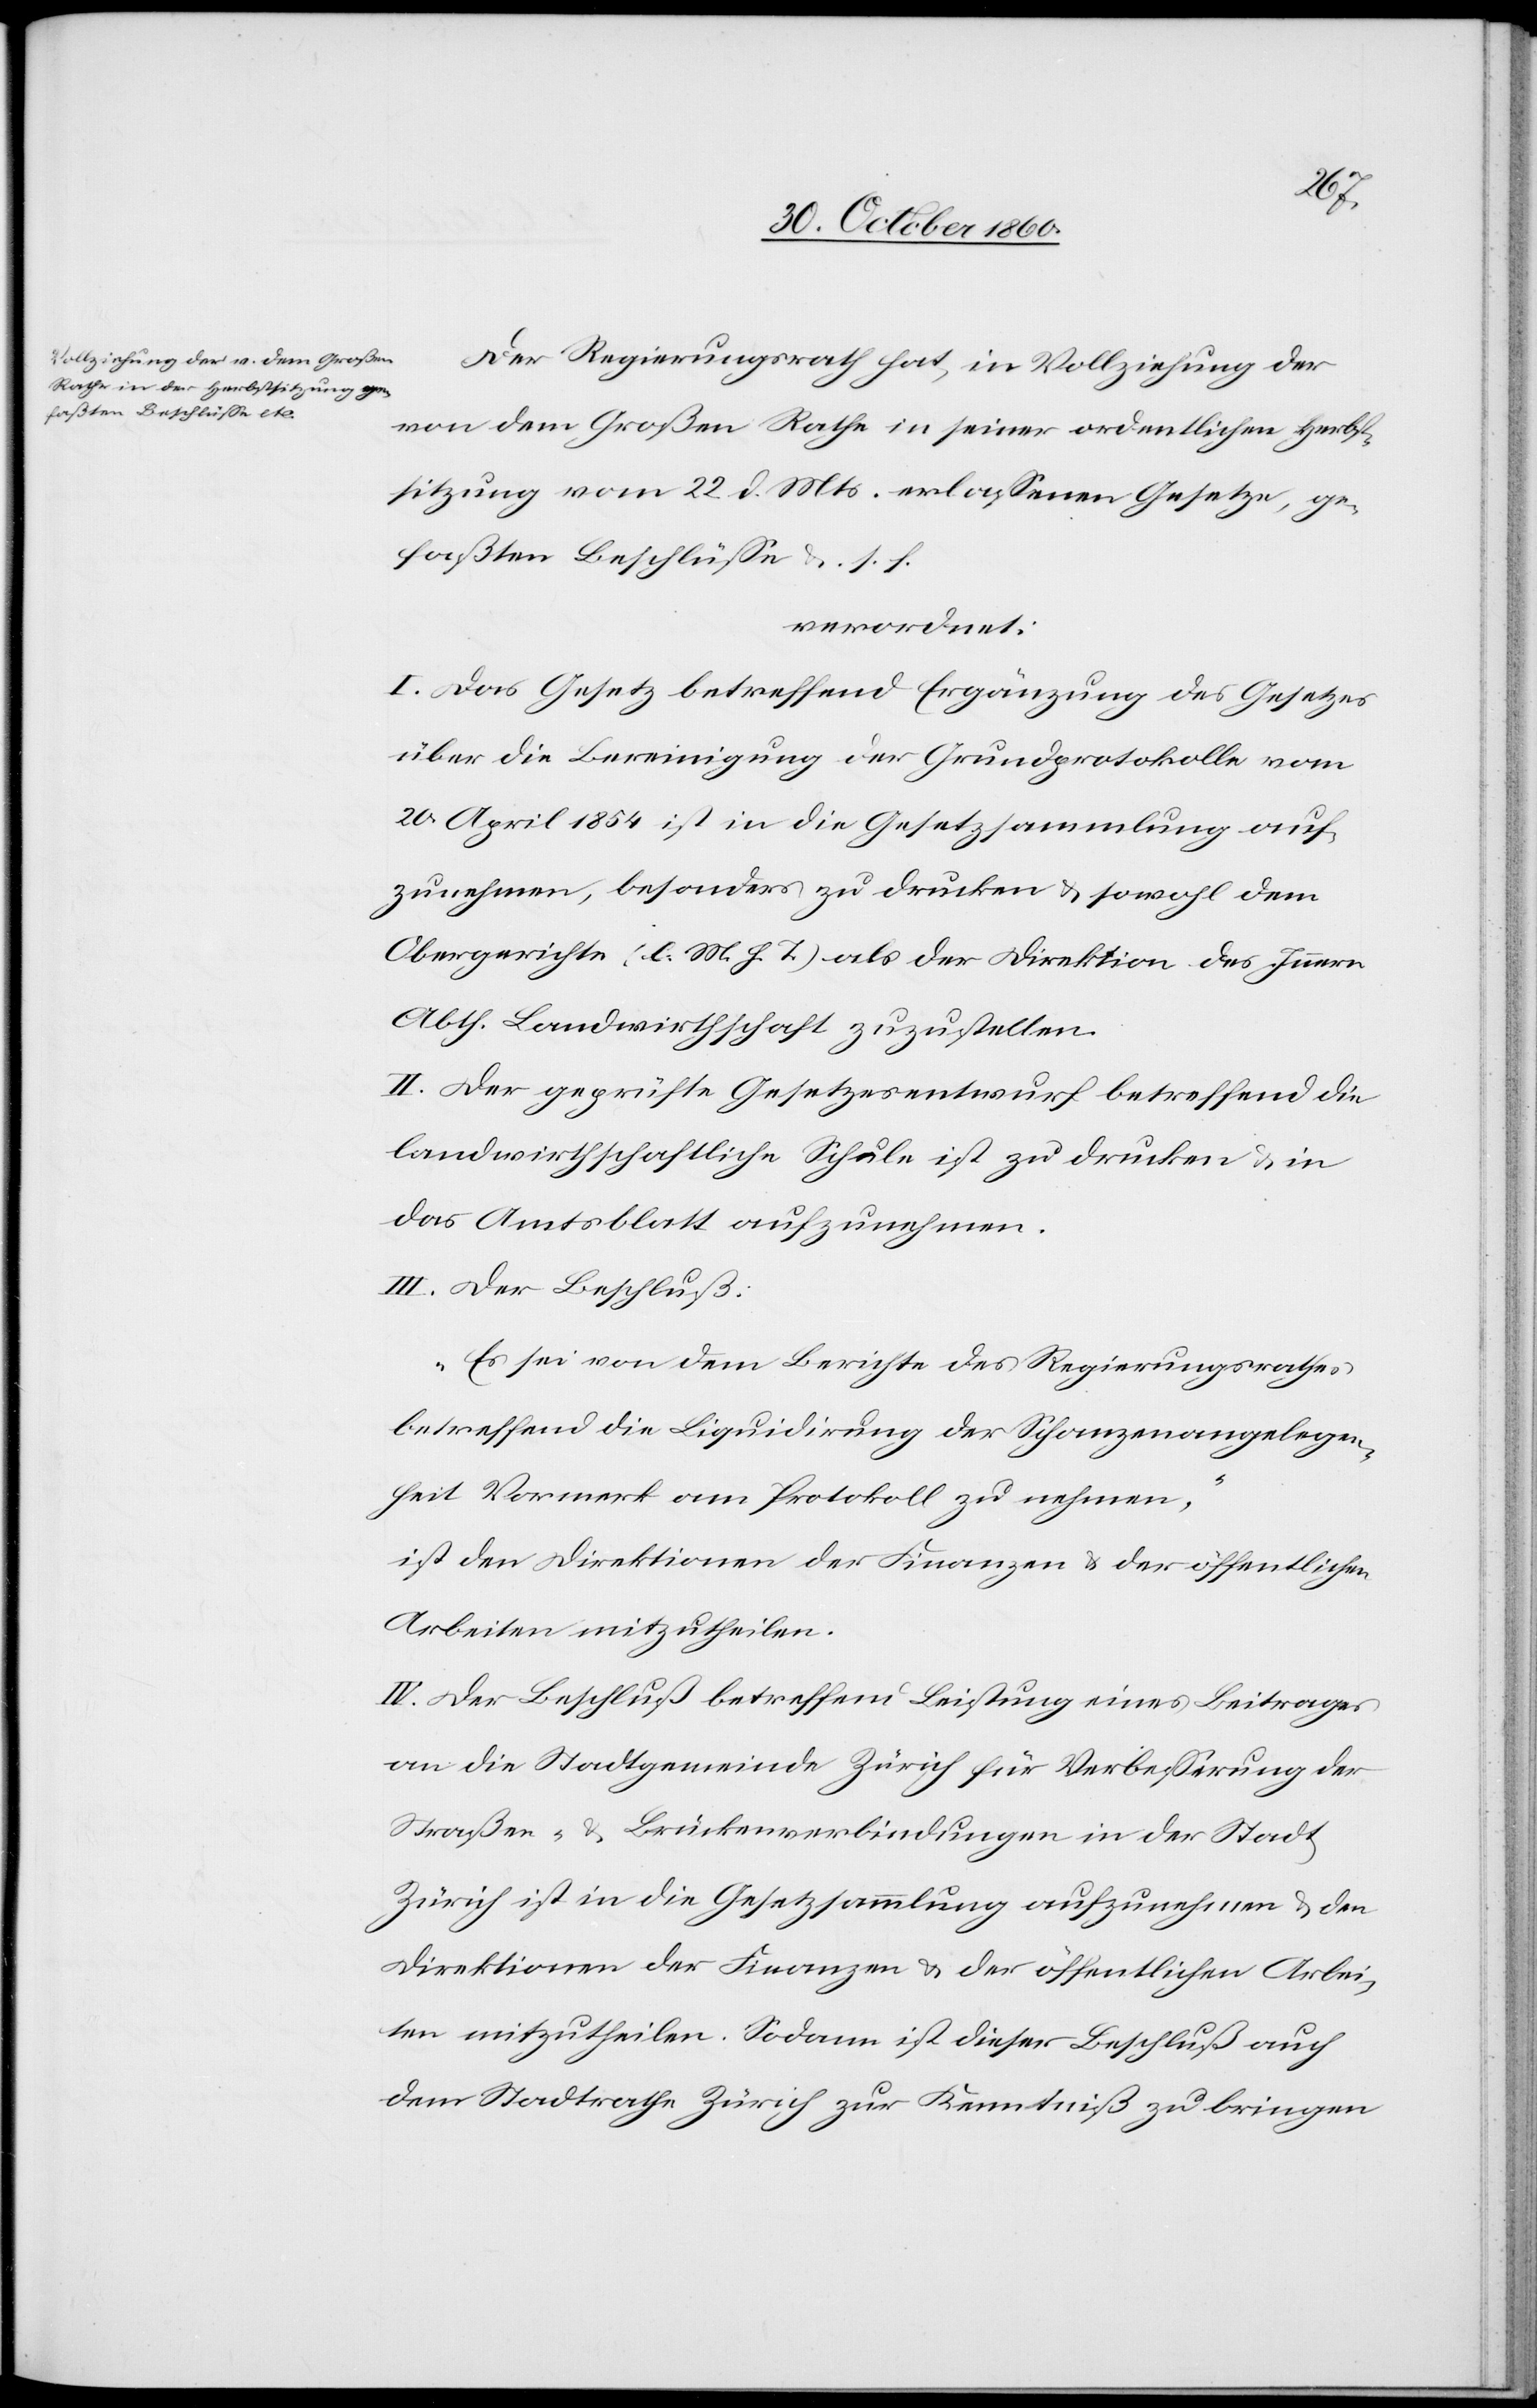
Der Regierungsrath hat, in Vollziehung der
von dem Großen Rathe in seiner ordentlichen Herbst¬
sitzung vom 22. d. Mts. erlassenen Gesetze, ge¬
faßten Beschlüsse u. s. f.
verordnet:
I. Das Gesetz betreffend Ergänzung des Gesetzes
über die Bereinigung der Grundprotokolle vom
20. April 1854 ist in die Gesetzsammlung auf¬
zunehmen, besonders zu drucken u. sowohl dem
Obergerichte (l. M. h. T.) als der Direktion des Innern
Abth. Landwirthschaft zuzustellen.
II. Der geprüfte Gesetzesentwurf betreffend die
landwirthschaftliche Schule ist zu drucken u. in
das Amtsblatt aufzunehmen.
III. Der Beschluß:
„Es sei von dem Berichte des Regierungsrathes
betreffend die Liquidirung der Schanzenangelegen¬
heit Vormerk am Protokoll zu nehmen.“
ist den Direktionen der Finanzen u. der öffentlichen
Arbeiten mitzutheilen.
IV. Der Beschluß betreffend Leistung eines Beitrages
an die Stadtgemeinde Zürich für Verbesserung der
Straßen- u. Brückenverbindungen in der Stadt
Zürich ist in die Gesetzsammlung aufzunehmen u. den
Direktionen der Finanzen u. der öffentlichen Arbei¬
ten mitzutheilen. Sodann ist dieser Beschluß auch
dem Stadtrathe Zürich zur Kenntniß zu bringen